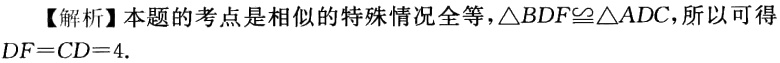
【解析】本题的考点是相似的特殊情况全等，$\triangle BDF\cong\triangle ADC$，所以可得$DF = CD = 4$.